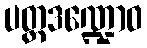
ပတ္တဒဏ္ဍောဝ